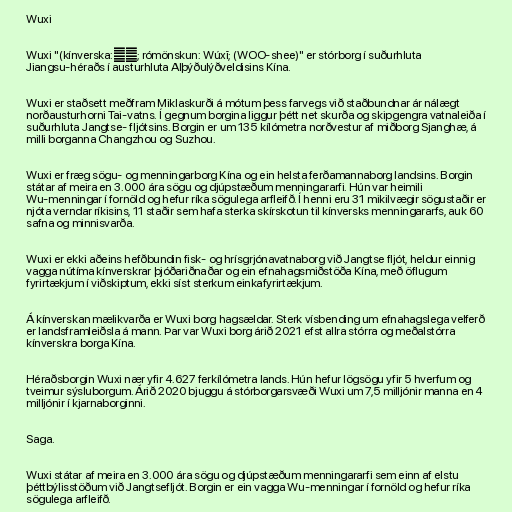
Wuxi

Wuxi "(kínverska:無錫; rómönskun: Wúxī; (WOO-shee)" er stórborg í suðurhluta
Jiangsu-héraðs í austurhluta Alþýðulýðveldisins Kína.

Wuxi er staðsett meðfram Miklaskurði á mótum þess farvegs við staðbundnar ár nálægt
norðausturhorni Tai-vatns. Í gegnum borgina liggur þétt net skurða og skipgengra vatnaleiða í
suðurhluta Jangtse- fljótsins. Borgin er um 135 kílómetra norðvestur af miðborg Sjanghæ, á
milli borganna Changzhou og Suzhou.

Wuxi er fræg sögu- og menningarborg Kína og ein helsta ferðamannaborg landsins. Borgin
státar af meira en 3.000 ára sögu og djúpstæðum menningararfi. Hún var heimili
Wu-menningar í fornöld og hefur ríka sögulega arfleifð. Í henni eru 31 mikilvægir sögustaðir er
njóta verndar ríkisins, 11 staðir sem hafa sterka skírskotun til kínversks menningararfs, auk 60
safna og minnisvarða.

Wuxi er ekki aðeins hefðbundin fisk- og hrísgrjónavatnaborg við Jangtse fljót, heldur einnig
vagga nútíma kínverskrar þjóðariðnaðar og ein efnahagsmiðstöða Kína, með öflugum
fyrirtækjum í viðskiptum, ekki síst sterkum einkafyrirtækjum.

Á kínverskan mælikvarða er Wuxi borg hagsældar. Sterk vísbending um efnahagslega velferð
er landsframleiðsla á mann. Þar var Wuxi borg árið 2021 efst allra stórra og meðalstórra
kínverskra borga Kína.

Héraðsborgin Wuxi nær yfir 4.627 ferkílómetra lands. Hún hefur lögsögu yfir 5 hverfum og
tveimur sýsluborgum. Árið 2020 bjuggu á stórborgarsvæði Wuxi um 7,5 milljónir manna en 4
milljónir í kjarnaborginni.

Saga.

Wuxi státar af meira en 3.000 ára sögu og djúpstæðum menningararfi sem einn af elstu
þéttbýlisstöðum við Jangtsefljót. Borgin er ein vagga Wu-menningar í fornöld og hefur ríka
sögulega arfleifð.